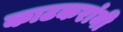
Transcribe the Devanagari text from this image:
काटकरांनी